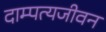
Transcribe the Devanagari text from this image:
दाम्पत्यजीवन